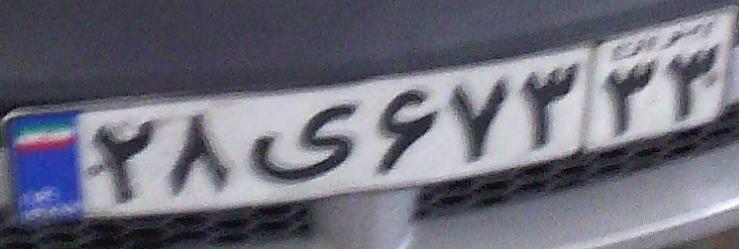
۲۸ی۶۷۳۳۳